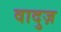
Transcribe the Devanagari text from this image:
वादुज़